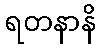
ရတနာနိ